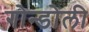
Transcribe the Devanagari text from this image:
गोन्डोली